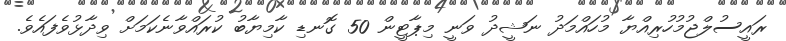
ރައީސުލްޖުމުހުރިއްޔާ މުހައްމަދު ނަޝީދު ވަނީ މިޕާޓީން 50 ގޮނޑި ކާމިޔާބު ކުރައްވާނެކަމަށް ވިދާޅުވެފައެވެ.